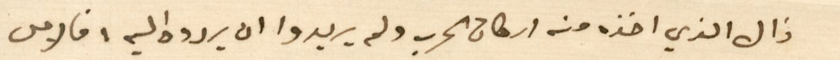
ذال الذي اخذه منه اركان الحرب ولم يريدوا ان يردوه اليه، فالامل